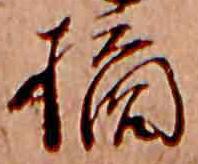
摘